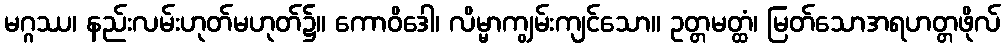
မဂ္ဂဿ၊ နည်းလမ်းဟုတ်မဟုတ်၌။ ကောဝိဒေါ၊ လိမ္မာကျွမ်းကျင်သော။ ဥတ္တမတ္ထံ၊ မြတ်သောအရဟတ္တဖိုလ်